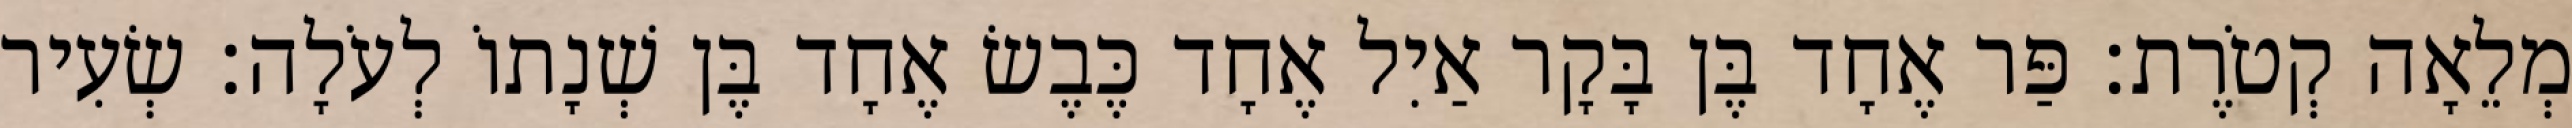
מְלֵאָה קְטֹרֶת׃ פַּר אֶחָד בֶּן בָּקָר אַיִל אֶחָד כֶּבֶשׂ אֶחָד בֶּן שְׁנָתוֹ לְעֹלָה׃ שְׂעִיר